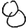
Digit: 8